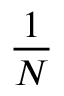
\frac { 1 } { N }